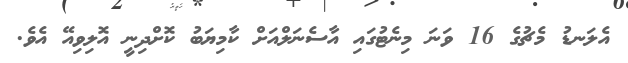
އެލަނޑު މެޗުގެ 16 ވަނަ މިނެޓުގައި އާސެނަލްއަށް ކާމިޔަބު ކޮށްދިނީ އޮލިވިއޭ އެވެ.